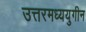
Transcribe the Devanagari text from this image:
उत्तरमध्ययुगीन